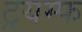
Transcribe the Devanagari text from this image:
ट्रयम्फ